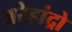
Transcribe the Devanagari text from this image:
अरेहांद्रो